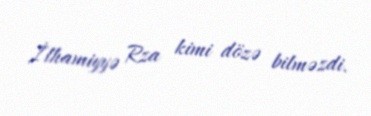
İlhamiyyə Rza kimi dözə bilməzdi.